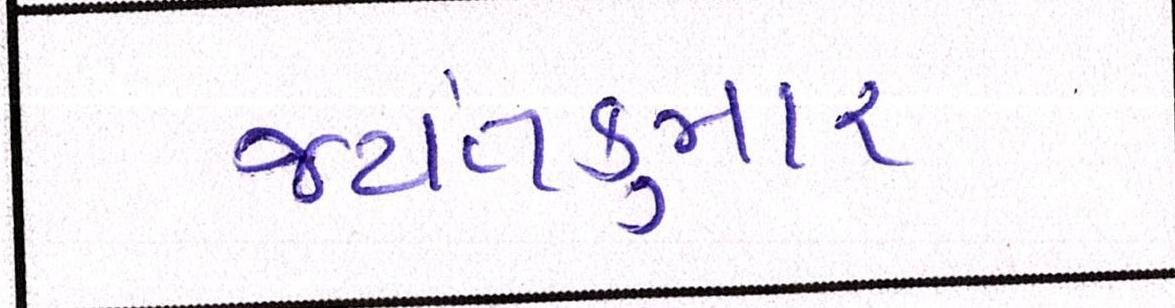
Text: જયંતકુમાર